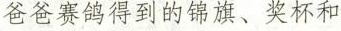
爸爸赛到的弹旗、奖杯和